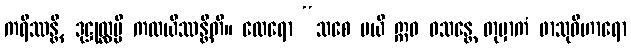
ကရိဿန္တိ, ဒုဋ္ဌုလ္လမ္ပိ ကထယိဿန္တီတိ။ ထေရော “သစေ မယိ ဣဓ ဝသန္တေ တုမှာကံ ဖာသုဝိဟာရော